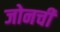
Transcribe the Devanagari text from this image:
जोनची